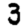
Digit: 3